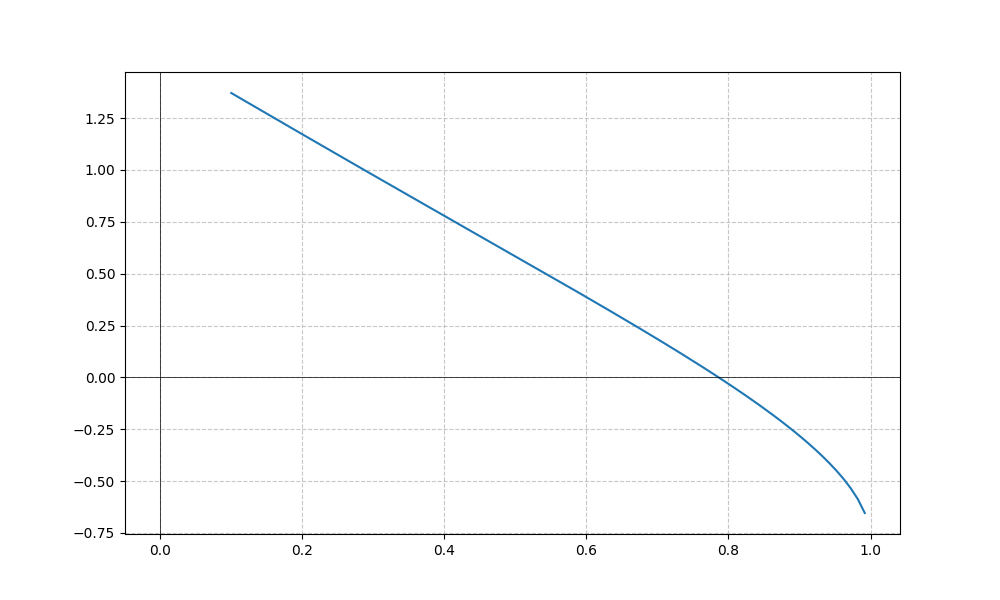
LaTeX formula: \operatorname{acot}{\left(x \right)} - \operatorname{asin}{\left(x \right)}